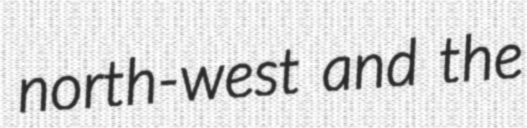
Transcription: north-west and the